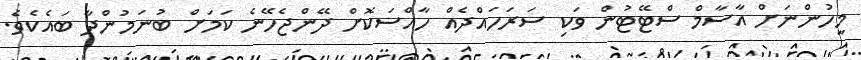
މީހުންނަށް އާސާމް ސްޓޭޓުން ވަކި ސަރަހައްދެއް ހާއްސަކޮށް ދޭންޖެހޭނެ ކަމަށް ބުނަމުންދާ ބައެކެވެ.